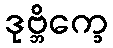
ဒုဗ္ဘိက္ခေ